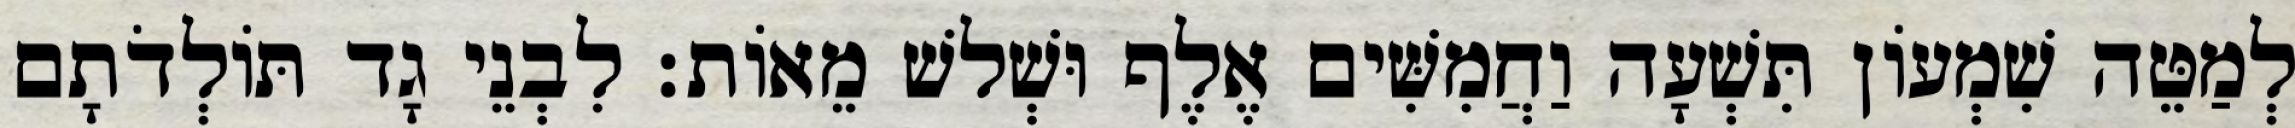
לְמַטֵּה שִׁמְעוֹן תִּשְׁעָה וַחֲמִשִּׁים אֶלֶף וּשְׁלשׁ מֵאוֹת׃ לִבְנֵי גָד תּוֹלְדֹתָם